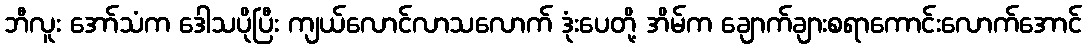
ဘီလူး အော်သံက ဒေါသပိုပြီး ကျယ်လောင်လာသလောက် ဒုံးပေတို့ အိမ်က ချောက်ချားစရာကောင်းလောက်အောင်